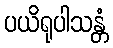
ပယိရုပါသန္တံ